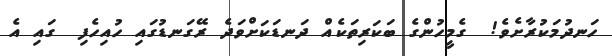
ހަނދުމަކުރާށެވެ!  ގެމީހުންގެ ބަކަރިތަކެއް ދަނޑަކަށްވަދެ ރޭގަނޑުގައި ހުއިހެފި  ގައި އެ